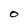
Character: 0